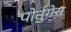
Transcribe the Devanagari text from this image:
पोर्तुगेस